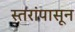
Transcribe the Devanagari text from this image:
स्तरांपासून